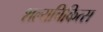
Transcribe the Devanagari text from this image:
शल्यचिकित्स